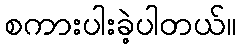
စကားပါးခဲ့ပါတယ်။